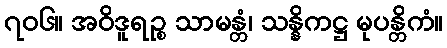
၇၀၆။ အဝိဒူရဉ္စ သာမန္တံ၊ သန္နိကဋ္ဌ မုပန္တိကံ။